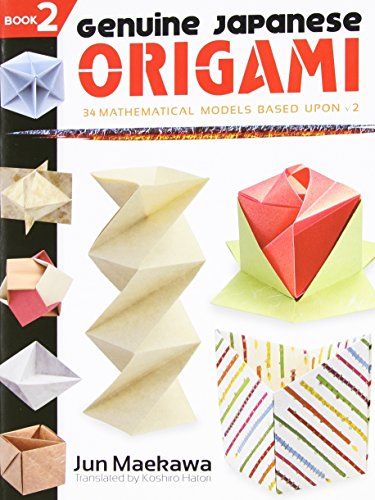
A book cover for Genuine Japanese Origami, Book 2: 34 Mathematical Models Based Upon (the square root of) 2 (Dover Origami Papercraft); Jun Maekawa; Teen & Young Adult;